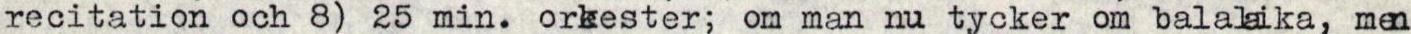
recitation och 8) 25 min. orkester; om man nu tycker om balalaika, men